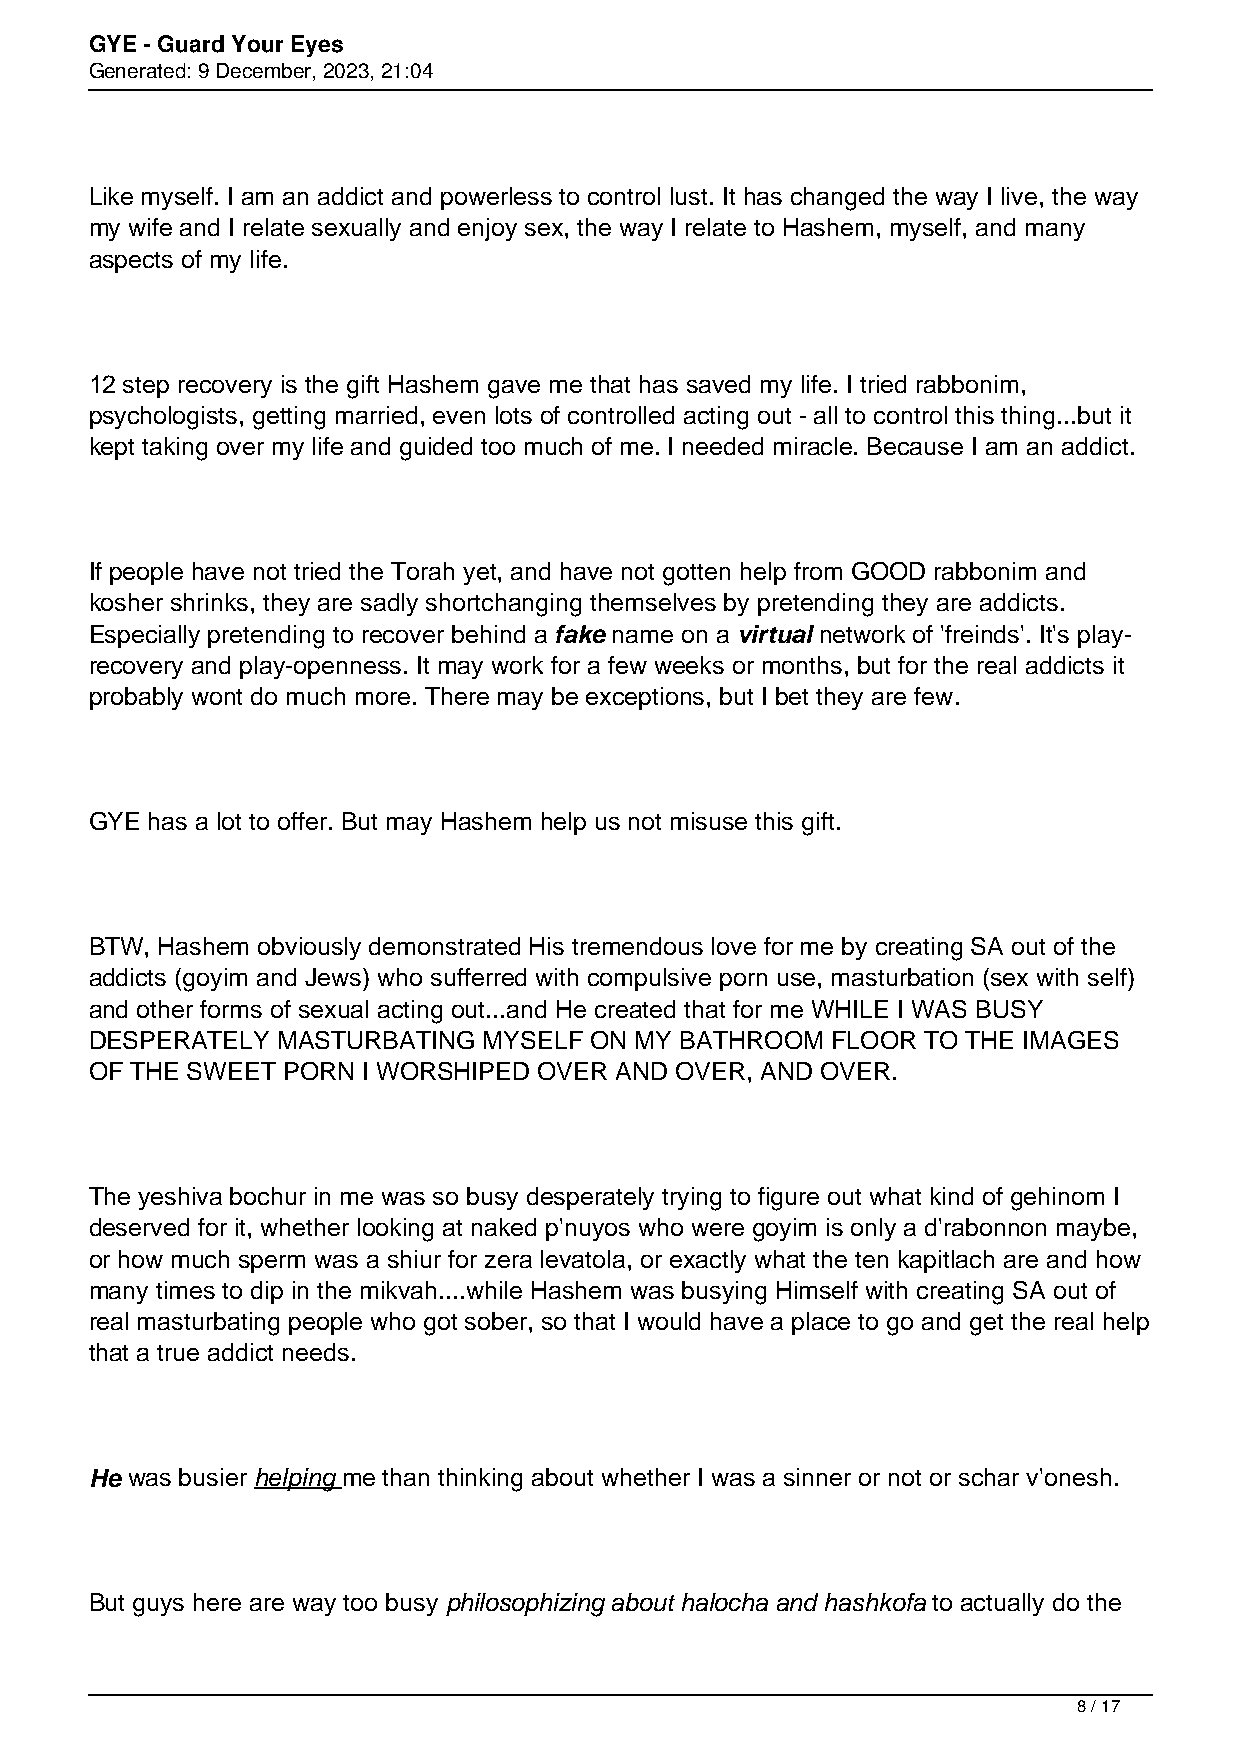
GYE - Guard Your Eyes
 Generated: 9 December, 2023, 21:04
 Like myself. I am an addict and powerless to control lust. It has changed the way I live, the way
 my wife and I relate sexually and enjoy sex, the way I relate to Hashem, myself, and many
 aspects of my life.
 12 step recovery is the gift Hashem gave me that has saved my life. I tried rabbonim,
 psychologists, getting married, even lots of controlled acting out - all to control this thing...but it
 kept taking over my life and guided too much of me. I needed miracle. Because I am an addict.
 If people have not tried the Torah yet, and have not gotten help from GOOD rabbonim and
 kosher shrinks, they are sadly shortchanging themselves by pretending they are addicts.
 Especially pretending to recover behind a fake name on a virtual network of 'freinds'. It's play-
 recovery and play-openness. It may work for a few weeks or months, but for the real addicts it
 probably wont do much more. There may be exceptions, but I bet they are few.
 GYE has a lot to offer. But may Hashem help us not misuse this gift.
 BTW, Hashem obviously demonstrated His tremendous love for me by creating SA out of the
 addicts (goyim and Jews) who sufferred with compulsive porn use, masturbation (sex with self)
 and other forms of sexual acting out...and He created that for me WHILE I WAS BUSY
 DESPERATELY MASTURBATING  MYSELF ON MY BATHROOM  FLOOR TO THE IMAGES
 OF THE SWEET PORN I WORSHIPED OVER AND OVER, AND OVER.
 The yeshiva bochur in me was so busy desperately trying to figure out what kind of gehinom I
 deserved for it, whether looking at naked p'nuyos who were goyim is only a d'rabonnon maybe,
 or how much sperm was a shiur for zera levatola, or exactly what the ten kapitlach are and how
 many times to dip in the mikvah....while Hashem was busying Himself with creating SA out of
 real masturbating people who got sober, so that I would have a place to go and get the real help
 that a true addict needs.
 He was busier helping me than thinking about whether I was a sinner or not or schar v'onesh.
 But guys here are way too busy philosophizing about halocha and hashkofa to actually do the
 8 / 17